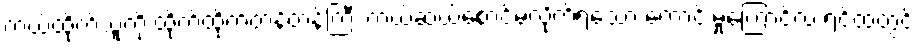
ကယ်ထိုက်သူကို ထိုက်ထိုက်တန်တန်ကြီး ကယ်ဆယ်စောင်မလိုက်ရသော ကောင်းမှုကြောင့်လဲ ရင်ထဲတွင်